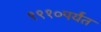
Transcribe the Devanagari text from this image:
१९१०पर्यंत